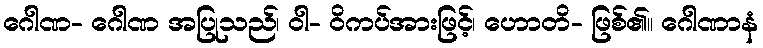
ဂေါဏ- ဂေါဏ အပြုသည်၊ ဝါ- ဝိကပ်အားဖြင့်၊ ဟောတိ- ဖြစ်၏။ ဂေါဏာနံ